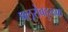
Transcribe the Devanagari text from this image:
फ्लूरोबहुलक